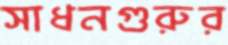
সাধনগুরুর